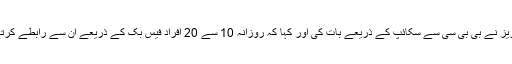
عبدالعزیز نے بی بی سی سے سکائپ کے ذریعے بات کی اور کہا کہ روزانہ 10 سے 20 افراد فیس بک کے ذریعے ان سے رابطے کرتے ہیں۔